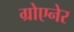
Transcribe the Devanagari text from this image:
ग्रोएनेर